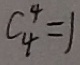
C ^ { 4 } _ { 4 } = 1